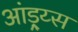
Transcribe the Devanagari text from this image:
आंड्र्य्स